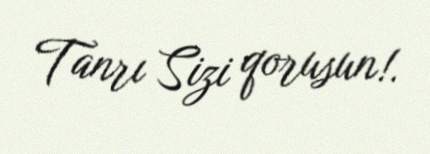
Tanrı Sizi qorusun!.